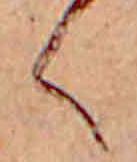
く